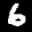
Label: 6